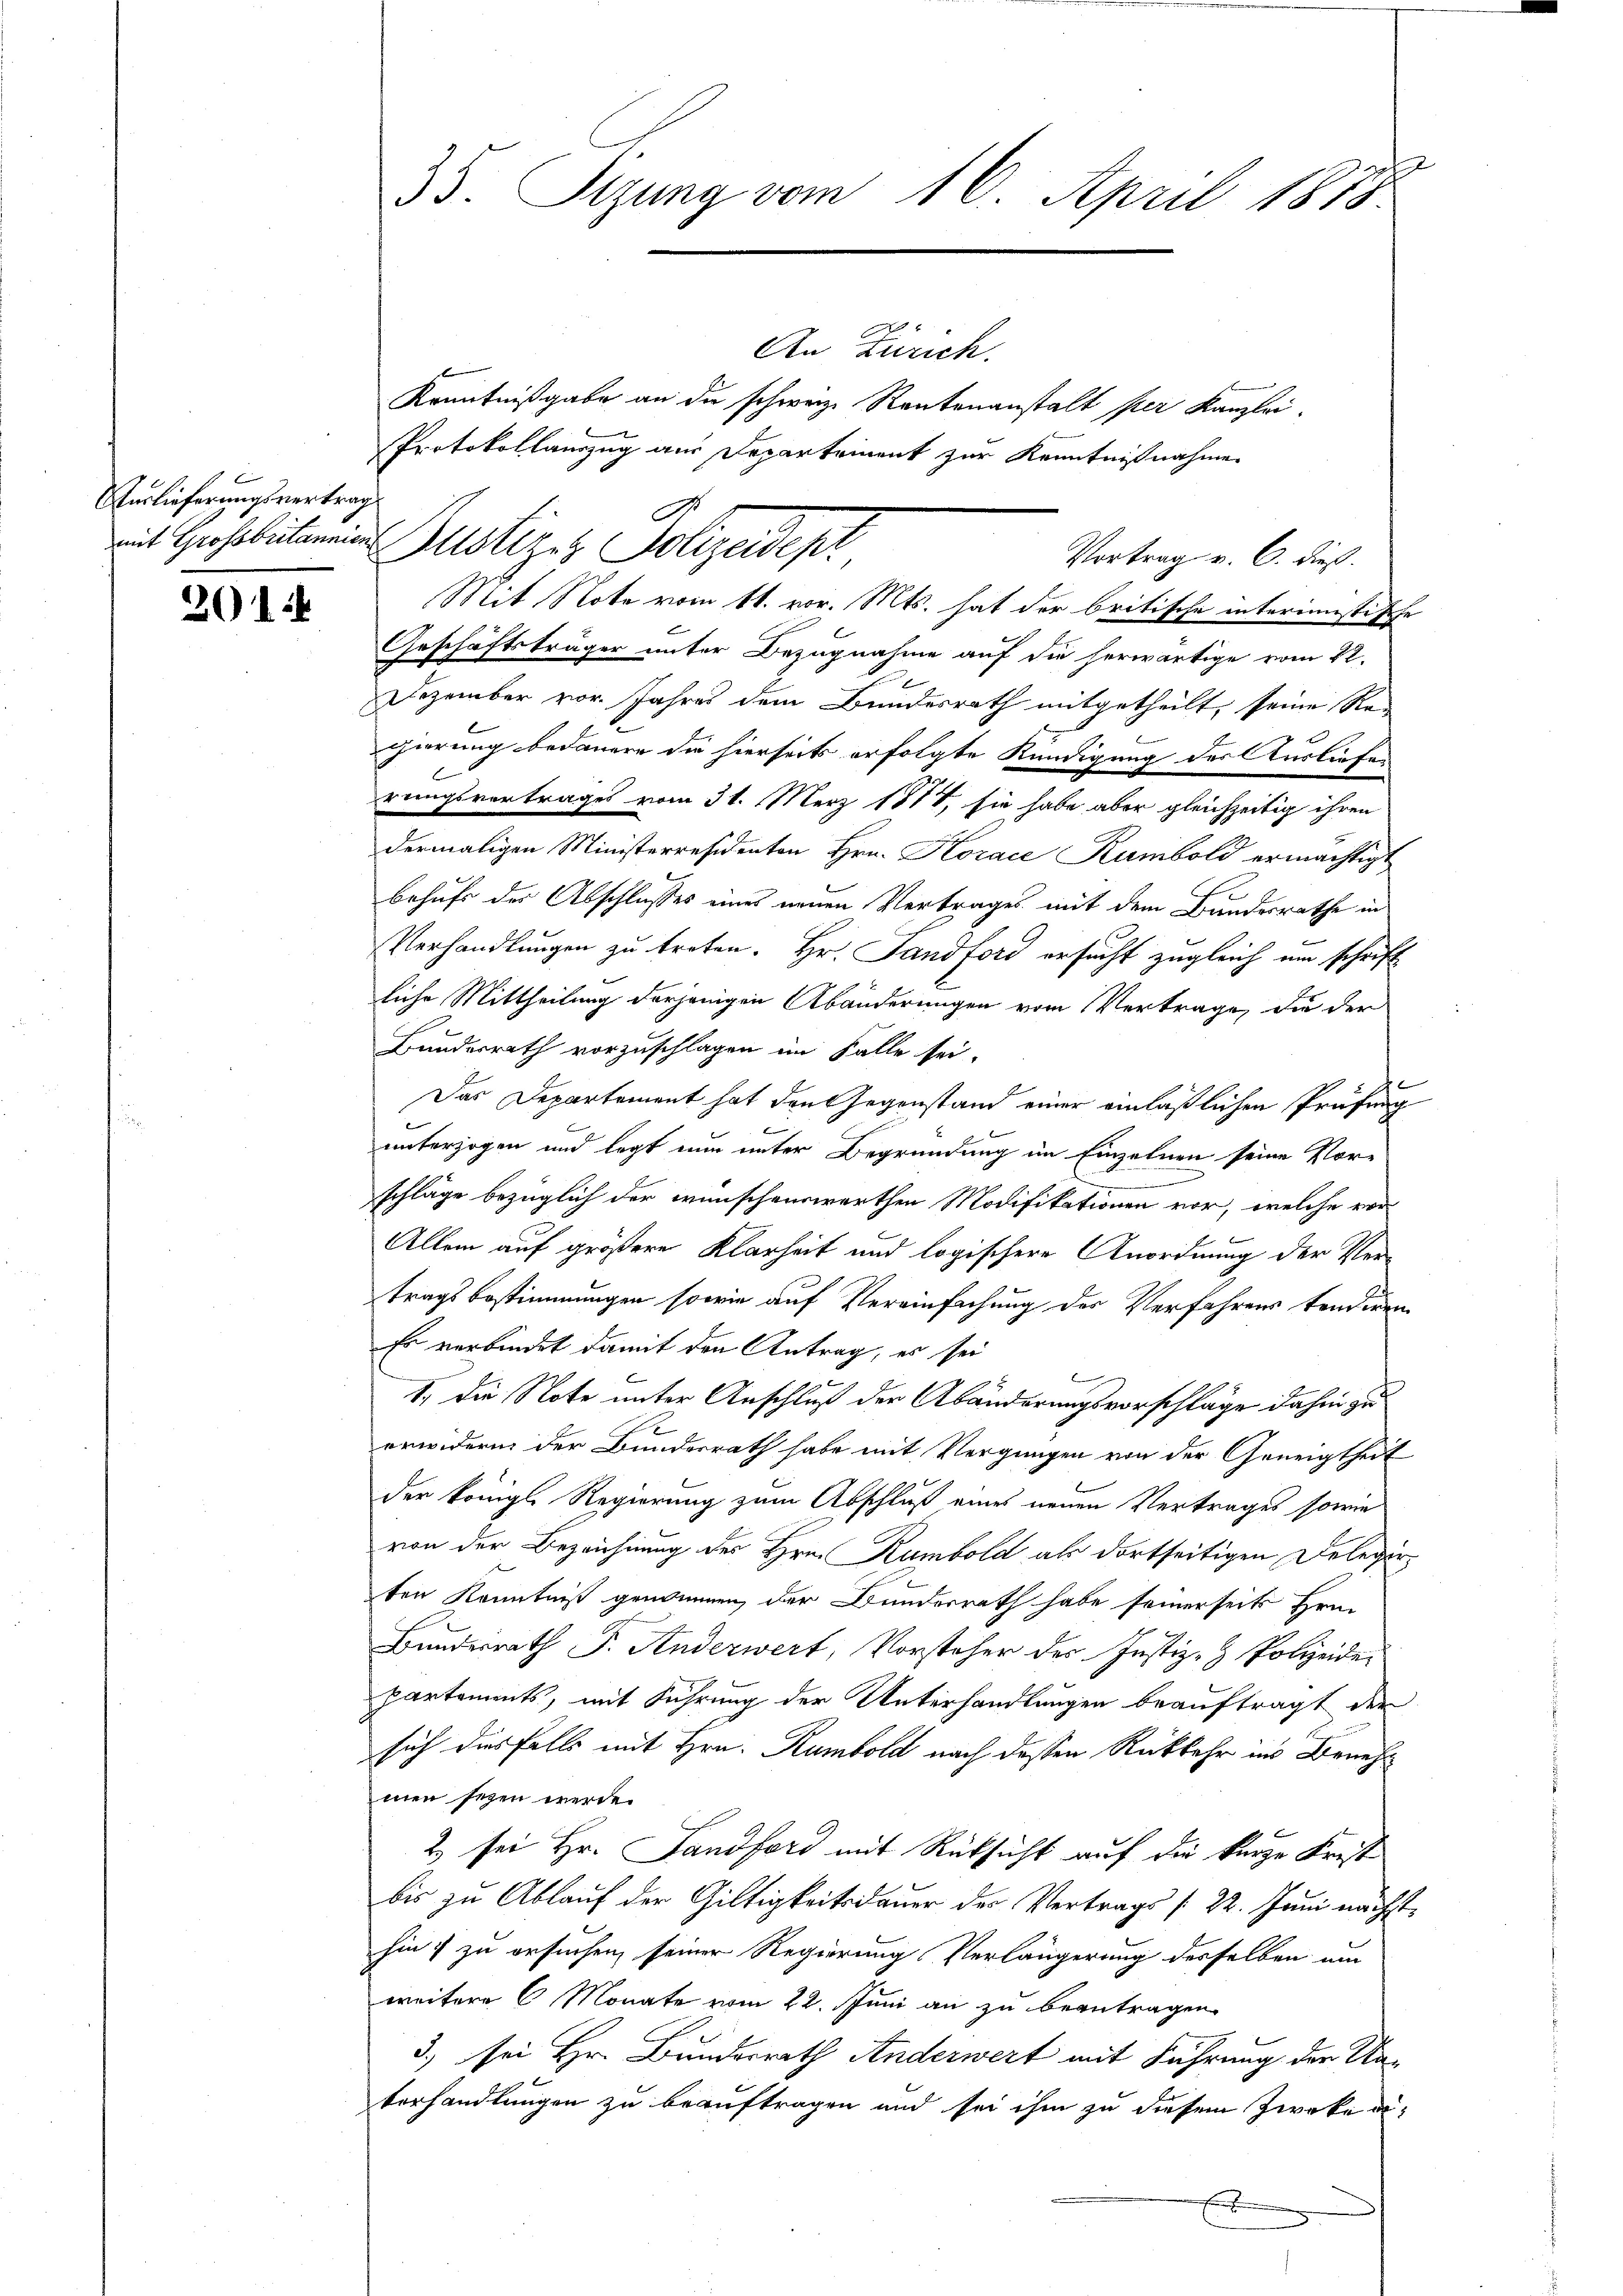
Auslieferungsvertrag

201.

35. Sizung vom 16. April 1875.

An Zürich.
Kenntnißgabe an die schweiz. Rautenanstalt per Kanzlei.
Mit Note vom 11. vor. Mts. hat der britische interimistische
Geschäftsträger unter Bezugnahme auf die herwärtige vom 22.
Dezember vor. Jahres dem Bundesrath mitgetheilt, seine Rei
gierung bedauern die hierseits erfolgte Kündigung der Ausliefen
rungsvertrages vom 31. März 1817, sie habe aber gleichzeitig ihren
dermaligen Ministerresidenten Hrn. Horace Kumbold ermächtigt
J
behufs des Abschlusses eines neuen Vertrages mit dem Bandesrathe in
Verhandlungen zu treten. Hr. Sandford ersucht zugleich um schrift
liche Mittheilung derjenigen Abänderungen vom Vertrage, die der
Bundesrath vorzuschlagen im Falle sei.
Das Departement hat den Gegenstand einer einläßlichen Prüfung
Kinnern.
s
unterzogen und legt nun unter Begründung im Einzelnen seine Vor-
n
schläge bezüglich der wünschenswerthen Modifikationen vor, welche ver¬
Allem auf größere Klarheit und logischere Anordnung der Vertragsbestimmungen sowie auf Vereinfachung des Verfahrens tenderen
Er verbindet damit den Antrag, es sei
g
1., die Note unter Anschluß der Abänderungsvorschläge dahin zu
erwidern der Bundesrath habe mit Vergnügen von der Geneigtheit
der königl. Regierung zum Abschluß eines neuen Vertrages sowie
von der Bezeichnung des Hrn. Rumbold als dortseitigen Delegieten Kenntniß genommen, der Bundesrath habe seinerseits Hrn.
Bundesrath P. Anderwert, Vorsteher des Justiz- & Polizeide
partements, mit Führung der Unterhandlungen beauftragt der
sich diesfalls mit Hrn. Rambold nach dessen Rückkehr ins Benehmen seyen werde.
2) sei Hr. Landford mit Rücksicht auf die kurze Frist
bis zu Ablauf der Giltigkeitsdauer des Vertrags /22. Juni nächsthin & zu ersuchen seiner Regierung Verlängerung desselben um
weitere 6 Monate vom 22. Juni an zu beantragen.
3) sei Hr. Bundesrath Anderwert mit Führung der Naberhandlungen zu beauftragen und sei ihm zu diesem Zwecke a
f

n
Protokollauszug aus Departement zur Kenntnißnahme
mit Geosobuten in Gustiges Polizeidepr
Vortrag v. 6. dieß.